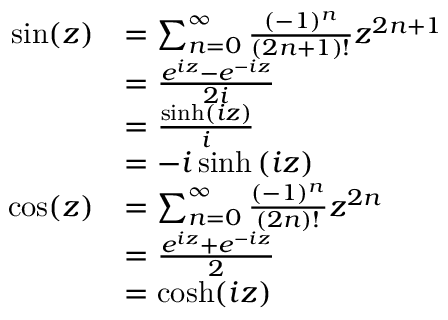
{ \begin{array} { r l } { \sin ( z ) } & { = \sum _ { n = 0 } ^ { \infty } { \frac { ( - 1 ) ^ { n } } { ( 2 n + 1 ) ! } } z ^ { 2 n + 1 } } \\ & { = { \frac { e ^ { i z } - e ^ { - i z } } { 2 i } } } \\ & { = { \frac { \sinh \left( i z \right) } { i } } } \\ & { = - i \sinh \left( i z \right) } \\ { \cos ( z ) } & { = \sum _ { n = 0 } ^ { \infty } { \frac { ( - 1 ) ^ { n } } { ( 2 n ) ! } } z ^ { 2 n } } \\ & { = { \frac { e ^ { i z } + e ^ { - i z } } { 2 } } } \\ & { = \cosh ( i z ) } \end{array} }